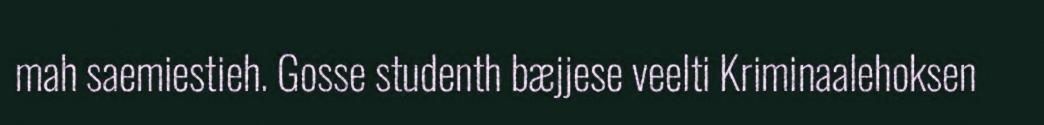
mah saemiestieh. Gosse studenth bæjjese veelti Kriminaalehoksen